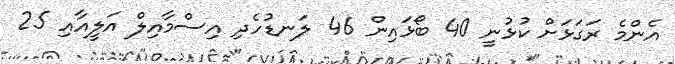
އެންމެ ރަގަޅަށް ކުޅުނީ 40 ބޯޅައިން 46 ލަނޑުހެދި އިސްމާއިލް އަލީއާއި 25